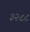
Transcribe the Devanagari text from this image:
३२८८